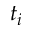
t _ { i }